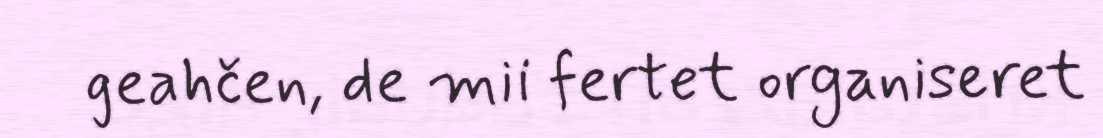
geahčen, de mii fertet organiseret